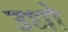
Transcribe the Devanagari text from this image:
उधो